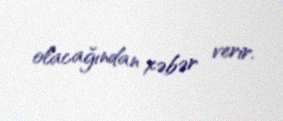
olacağından xəbər verir.